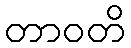
တာဝတိ